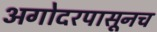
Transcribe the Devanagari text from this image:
अगोदरपासूनच